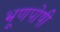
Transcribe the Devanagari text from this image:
भ्रूणपोषी